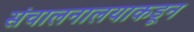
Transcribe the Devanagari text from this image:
संचालनालयाकडून